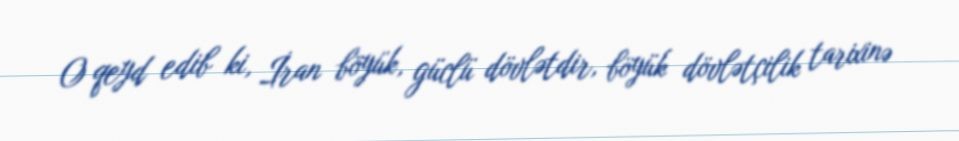
O qeyd edib ki, İran böyük, güclü dövlətdir, böyük dövlətçilik tarixinə